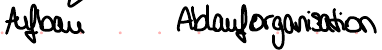
Aufbau Ablauforganisation